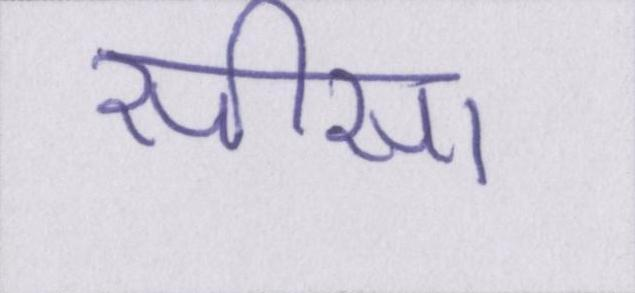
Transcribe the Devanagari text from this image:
सीसा